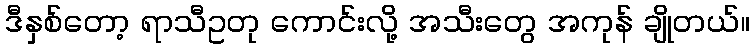
ဒီနှစ်တော့ ရာသီဥတု ကောင်းလို့ အသီးတွေ အကုန် ချိုတယ်။